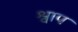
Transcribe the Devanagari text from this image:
श्वाप